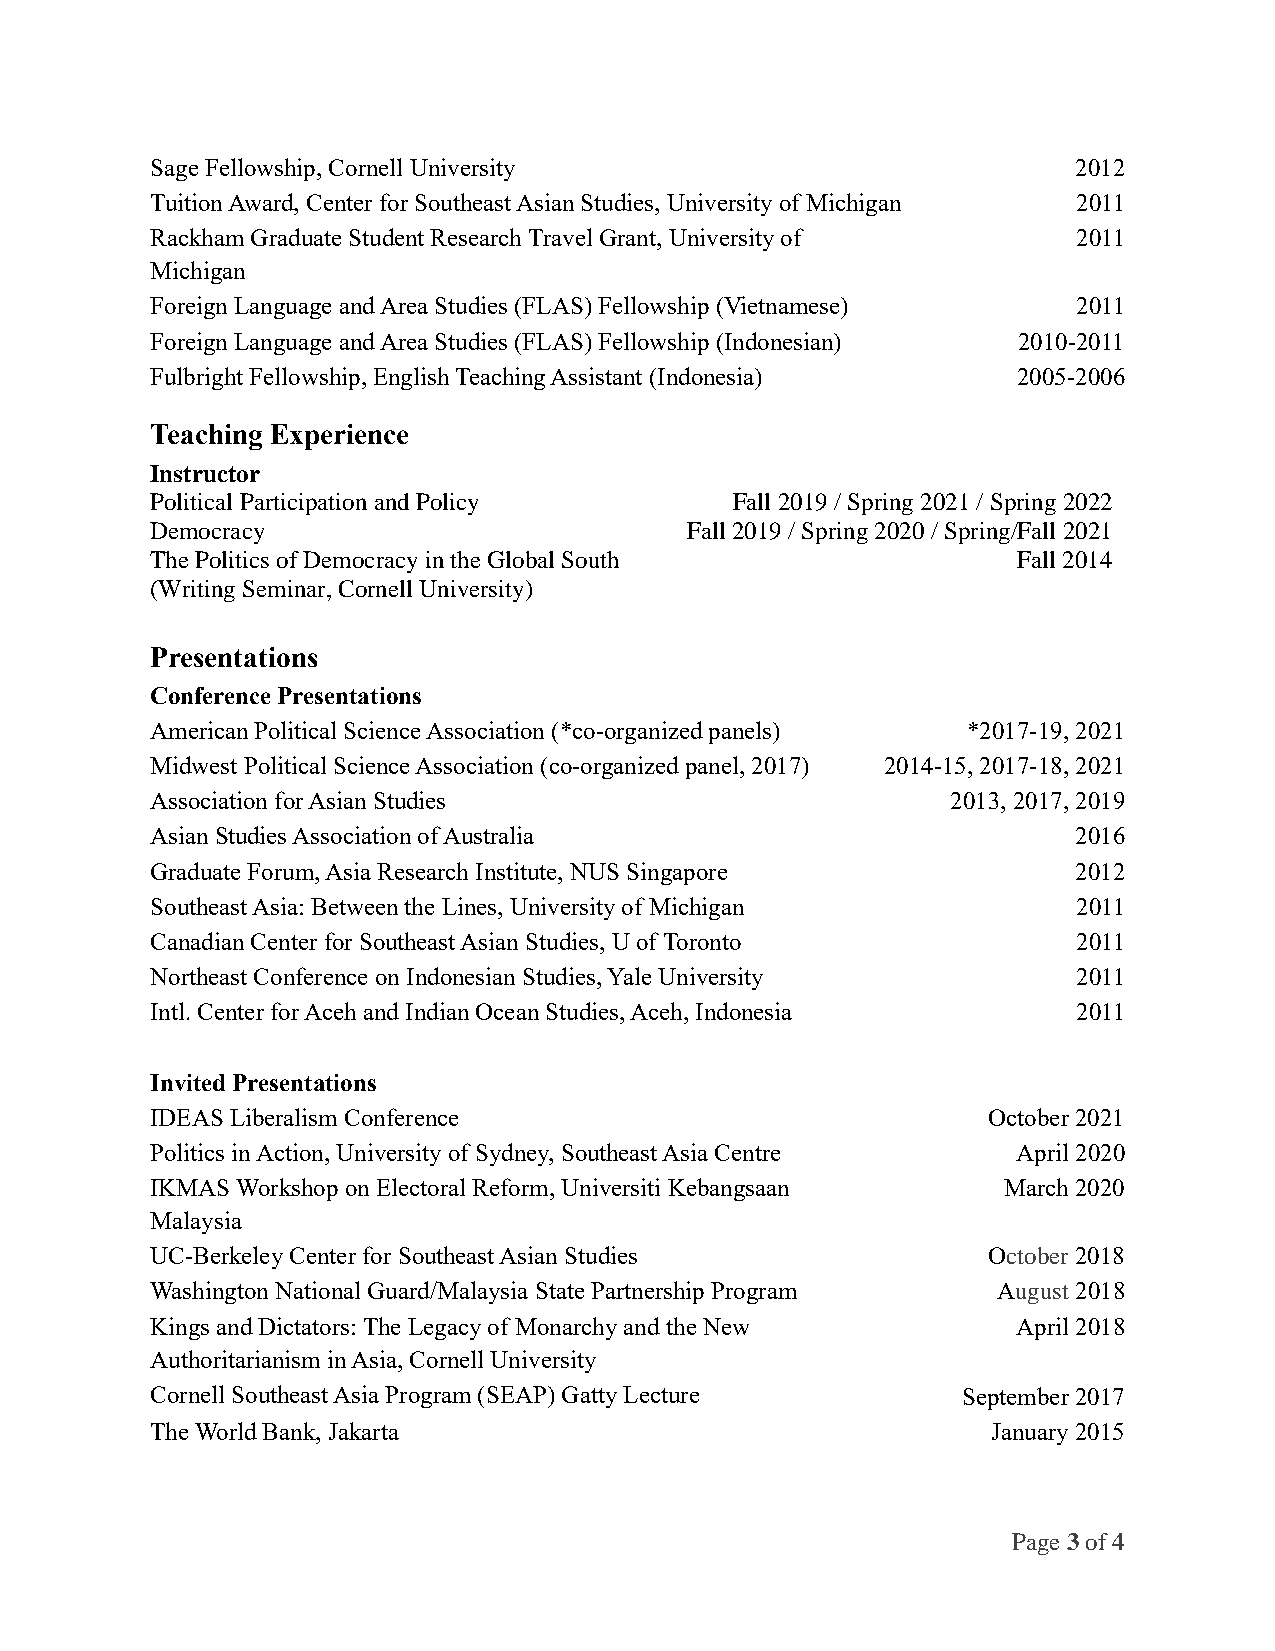
Sage Fellowship, Cornell University                          2012
 Tuition Award, Center for Southeast Asian Studies, University of Michigan 2011
 Rackham Graduate Student Research Travel Grant, University of 2011
 Michigan
 Foreign Language and Area Studies (FLAS) Fellowship (Vietnamese) 2011
 Foreign Language and Area Studies (FLAS) Fellowship (Indonesian) 2010-2011
 Fulbright Fellowship, English Teaching Assistant (Indonesia) 2005-2006
 Teaching Experience
 Instructor
 Political Participation and Policy     Fall 2019 / Spring 2021 / Spring 2022
 Democracy                          Fall 2019 / Spring 2020 / Spring/Fall 2021
 The Politics of Democracy in the Global South            Fall 2014
 (Writing Seminar, Cornell University)
 Presentations
 Conference Presentations
 American Political Science Association (*co-organized panels) *2017-19, 2021
 Midwest Political Science Association (co-organized panel, 2017) 2014-15, 2017-18, 2021
 Association for Asian Studies                        2013, 2017, 2019
 Asian Studies Association of Australia                       2016
 Graduate Forum, Asia Research Institute, NUS Singapore       2012
 Southeast Asia: Between the Lines, University of Michigan    2011
 Canadian Center for Southeast Asian Studies, U of Toronto    2011
 Northeast Conference on Indonesian Studies, Yale University  2011
 Intl. Center for Aceh and Indian Ocean Studies, Aceh, Indonesia 2011
 Invited Presentations
 IDEAS Liberalism Conference                            October 2021
 Politics in Action, University of Sydney, Southeast Asia Centre April 2020
 IKMAS Workshop on Electoral Reform, Universiti Kebangsaan March 2020
 Malaysia
 UC-Berkeley Center for Southeast Asian Studies         October 2018
 Washington National Guard/Malaysia State Partnership Program August 2018
 Kings and Dictators: The Legacy of Monarchy and the New  April 2018
 Authoritarianism in Asia, Cornell University
 Cornell Southeast Asia Program (SEAP) Gatty Lecture   September 2017
 The World Bank, Jakarta                                 January 2015
 Page 3 of 4